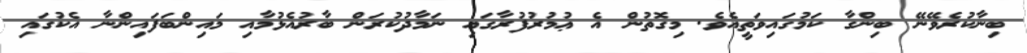
ބިނާކުރެވޭނޭ ބިންގާ ކަމުގައިވަތީއެވެ. މިގޮތުން އެ ޢުމުރުފުރާގައި ނަމާދުކުރަން ބާރުއެޅުމާއި މައިންބަފައިންނާ އެކުގައި